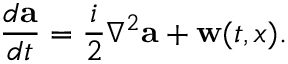
\frac { d \mathbf { a } } { d t } = \frac { i } { 2 } \nabla ^ { 2 } \mathbf { a } + \mathbf { w } ( t , x ) .